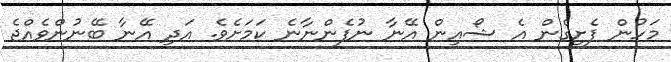
މަހުން ފެށިގެން އެ ޝޯއިން އޭނާ ނުފެންނާނެ ކަމަށެވެ. އަދި އޭނާ ބޭނުންވެއްޖެ